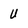
Character: U